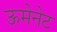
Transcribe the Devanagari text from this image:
ऊमेनेट